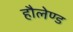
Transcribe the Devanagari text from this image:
हौलेण्ड